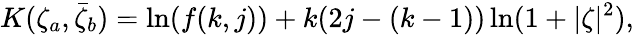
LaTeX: K(\zeta_{a},\bar{\zeta}_{b})=\ln(f(k,j))+k(2j-(k-1))\ln(1+|\zeta|^{2}),